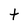
Character: t